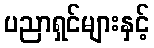
ပညာရှင်များနှင့်